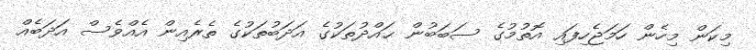
މިކަން މިހެން ހަމަޖެހިފައި އޮތުމުގެ ސަބަބުން ޙައްދުތަކުގެ އަދަބުތަކުގެ ތެރެއިން އެއްވެސް އަދަބެއް